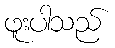
ဖူးပါသည်